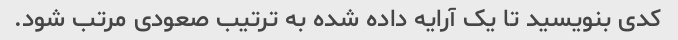
کدی بنویسید تا یک آرایه داده شده به ترتیب صعودی مرتب شود.